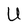
Character: U